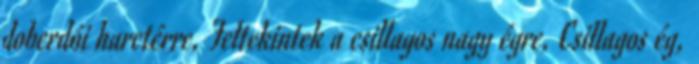
doberdói harctérre, Feltekintek a csillagos nagy égre, Csillagos ég,